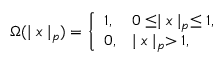
\Omega ( \mid x \mid _ { p } ) = \left\{ \begin{array} { l l } { { 1 , } } & { { 0 \leq \mid x \mid _ { p } \leq 1 , } } \\ { { 0 , } } & { { \mid x \mid _ { p } > 1 , } } \end{array} \right.